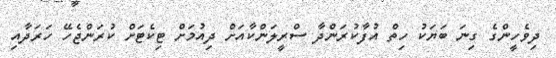
ދިވެހީންގެ ގިނަ ބަޔަކު ހިތް އުފާކުރަންދާ ސްރީލަންކާއަށް ދިއުމަށް ޓިކެޓަށް ކުރަންޖެހޭ ހަރަދާއި